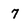
Character: 7